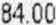
84.00